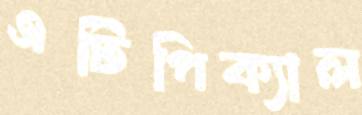
এটিপিক্যাল